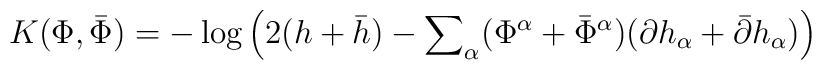
K(\Phi,{\bar \Phi}) = -\log \left(2(h  + {\bar h})-{\sum}_{\alpha} ({\Phi}^{\alpha} +{\bar \Phi}^{\alpha})({\partial h}_{\alpha}+{\bar \partial}{h}_{\alpha})\right)